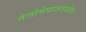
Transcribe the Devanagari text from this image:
तेजोमेघाजवळील